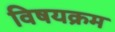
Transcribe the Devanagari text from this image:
विषयक्रम